Annual report on the working of the mental hospitals in the Madras Presidency - 1912-1932
Year: 1912
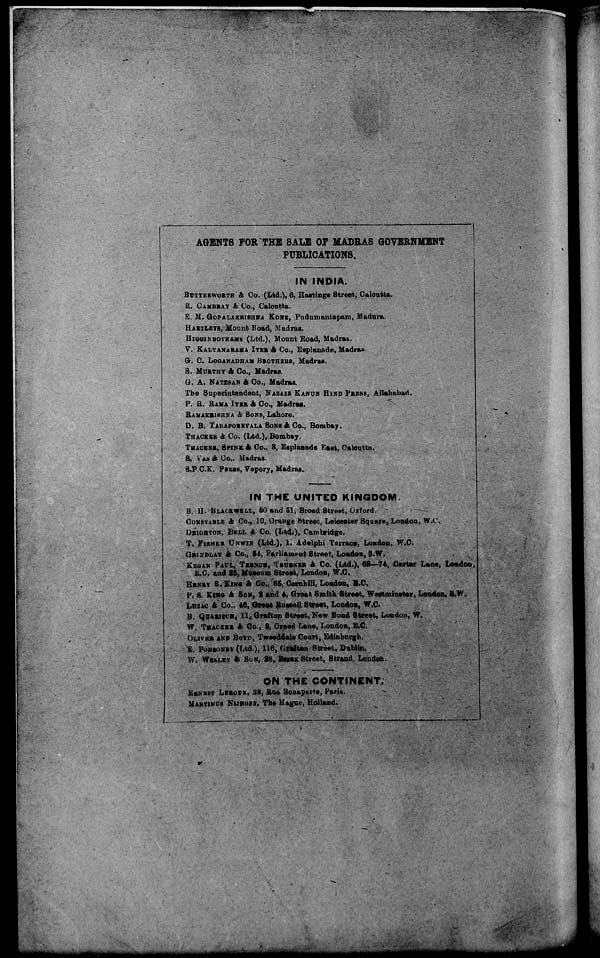
AGENTS FOR THE SALE OF MADRAS GOVERNMENT
PUBLICATIONS.
IN INDIA.
BUTTERWORTH & Co. (Ltd.), 6, Hastings Street, Calcutta.
R. CAMBRAY & Co., Calcutta.
E. M. GOPALAKRISHNA KONE, Pudumantapam, Madura.
HARTLEYS, Mount Road, Madras.
HIGGINBOTHAMS (Ltd.), Mount Road, Madras.
V. KALYANARAMA IYER & Co., Esplanade, Madras.
G. C. LOGANADHAM BROTHERS, Madras.
S. MURTHY & Co., Madras.
G. A. NATESON & Co., Madras.
The Superintendent, NAZAIR KANUN HIND PRESS, Allahabad.
P. R. RAMA IYER & Co., Madras.
RAMAKRISHNA & SONS, Lahore.
D. B. TARAPOREVALA SONS & Co., Bombay.
THACKER & Co. (Ltd.), Bombay.
THACKER, SPINK & Co., 3, Esplanade East, Calcutta.
S. VAS & Co., Madras.
S.P.C.K. PRESS, Vepery, Madras.
IN THE UNITED KINGDOM.
B. H. BLACKWELL, 50 and 51, Broad Street, Oxford.
CONSTABLE & Co., 10, Orange Street, Leicester Square, London, W.C.
DEIGHTON, BELL & Co. (Ltd.), Cambridge.
T. FISHER UNWIN (Ltd.), 1, Adelphi Terrace, London, W.C.
GRINDLAY & Co., 54, Parliament Street, London, S.W.
KEGAN PAUL, TRENCH, TRÜBNER & Co. (Ltd.), 68—74, Carter Lane, London,
E.C. and 25, Museum Street, London, W.C.
HENRY S. KING & Co., 65, Cornhill, London, E.C.
P. S. KING & SON, 2 and 4, Great Smith Street, Westminster, London, S.W.
LUZAC & Co., 46, Great Russell Street, London, W.C.
B. QUARITCH, 11, Grafton Street, New Bond Street, London, W.
W. THACKER & Co., 2, Creed Lane, London, E.C
OLIVER AND BOYD, Tweeddale Court, Edinburgh.
E. PONSONBY(Ltd.), 116, Grafton Street, Dublin.
W. WESLEY & SON, 28, Essex Street, Strand, London.
ON THE CONTINENT.
ERNEST LEROUX, 28, Rue Bonaparte, Paris.
MARTINUS NIJHOFF, The Hague, Holland.